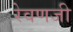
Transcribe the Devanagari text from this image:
रेवणजी